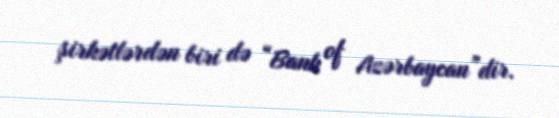
şirkətlərdən biri də “Bank of Azərbaycan”dir.